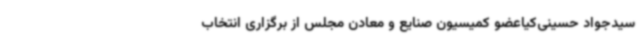
سیدجواد حسینی‌کیاعضو کمیسیون صنایع و معادن مجلس از برگزاری انتخاب